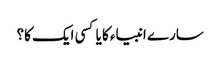
سارے انبیاء کا یا کسی ایک کا؟